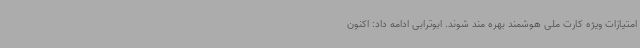
امتیازات ویژه کارت ملی هوشمند بهره مند شوند. ابوترابی ادامه داد: اکنون